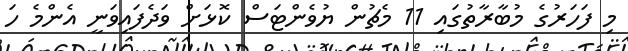
މި ފަހަރުގެ މުބާރާތުގައި 11 މެޗުން ޔުވެންޓަސް ކޮޅަށް ވަދެފައިވަނީ އެންމެ ހަ